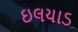
ઇલયાડ